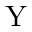
\mathrm { Y }